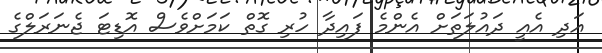
އަދި އެއީ ދައުލަތަށް އެންމެ ފައިދާ ހުރި ގޮތް ކަމަށްވެސް އޮޑިޓަ ޖެނަރަލްގެ